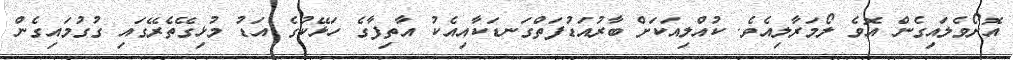
އޮށޯވެލައިގެން އޮވެ ލޯމަރާލިއެވެ. ކުއްލިއަކަށް ބާރުއަޑުފަތްގަނޑަކާއިއެކު އާތިފާގެ ހަޅޭކުގެ އަޑު މުޅިގޭތެރޭގައި ގުގުމައިގެން